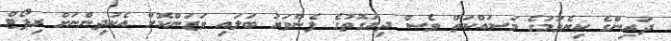
ދަރިންގެ ކިޔެވުމުގެ މަސައްކަތް ވެސް ދިޔަގޮތުގެ ފެންވަރު ބަލައި ވަޒަންކޮށް އެކުދިންނަށް ރިޕޯޓް